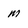
Character: m